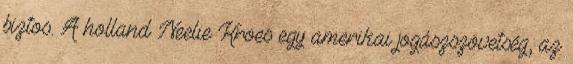
biztos. A holland Neelie Kroes egy amerikai jogászszövetség, az